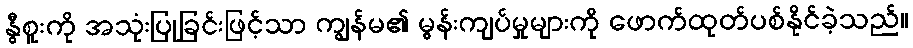
နွီစူးကို အသုံးပြုခြင်းဖြင့်သာ ကျွန်မ၏ မွန်းကျပ်မှုများကို ဖောက်ထုတ်ပစ်နိုင်ခဲ့သည်။